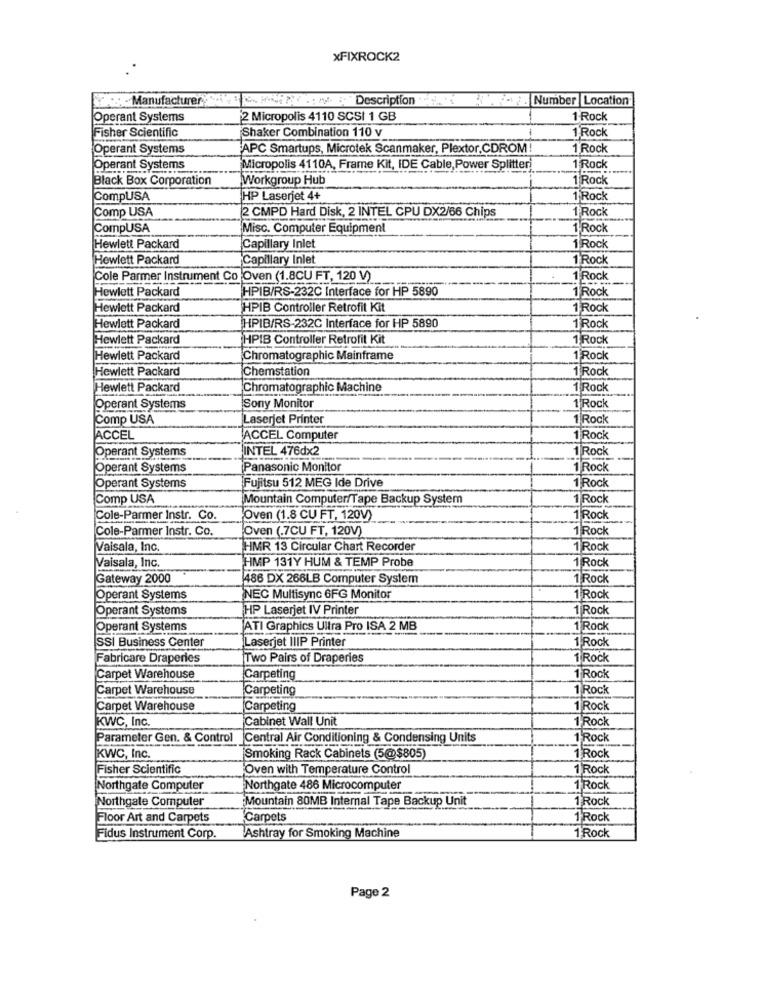
xFIXROCK2
: - Manufacturer
HOPE we : Description ..
A Number Location
Operant Systems
2 Micropolis 4110 SCSI 1 GB
1 Rock
Fisher Scientific
Shaker Combination 110 v
1 Rock
Operant Systems
APC Smartups, Microtek Scanmaker, Plextor,CDROM!
1 Rock
Operant Systems
Micropolis 4110A, Frame Kit, IDE Cable, Power Splitter
1 Rock
Black Box Corporation
Workgroup Hub
1 Rock
CompUSA
HP Laserjet 4+
1 Rock
Comp USA
2 CMPD Hard Disk, 2 INTEL CPU DX2/66 Chips
1 Rock
CompUSA
Misc. Computer Equipment
1 Rock
Hewlett Packard
Capillary Inlet
1 Rock
Hewlett Packard
Capillary Inlet
1'Rock
Cole Parmer Instrument Co Oven (1.8CU FT, 120 V)
1'Rock
HPIB/RS-232C Interface for HP 5890
Hewlett Packard
1 Rock
Hewlett Packard
HPIB Controller Retrofit Kit
1 Rock
Hewlett Packard
HPIB/RS-232C Interface for HP 5890
1 Rock
Hewlett Packard
HPIB Controller Retrofit Kit
1)Rock
Hewlett Packard
Chromatographic Mainframe
1 Rock
Hewlett Packard
Chemstation
1 Rock
Hewlett Packard
Chromatographic Machine
1 Rock
Operant Systems
Sony Monitor
1'Rock
Comp USA
Laserjet Printer
1 Rock
ACCEL
ACCEL Computer
1 Rock
Operant Systems
INTEL 476dx2
1 Rock
Operant Systems
Panasonic Monitor
1 Rock
Operant Systems
Fujitsu 512 MEG Ide Drive
1 Rock
Comp USA
Mountain Computer/Tape Backup System
1 Rock
Cole-Parmer Instr. Co.
Oven (1.8 CU FT, 120V)
1 Rock
Cole-Parmer Instr. Co.
Oven (.7CU FT, 120V)
1 Rock
Vaisala, Inc.
HMR 13 Circular Chart Recorder
1 Rock
HMP 131Y HUM & TEMP Probe
1 Rock
Vaisala, Inc.
Gateway 2000
486 DX 266LB Computer System
1 Rock
Operant Systems
NEC Multisync 6FG Monitor
1 Rock
Operant Systems
HP Laserjet IV Printer
1 Rock
Operant Systems
ATI Graphics Ultra Pro ISA 2 MB
1 Rock
Laserjet IIIP Printer
1 Rock
SSI Business Center
Fabricare Draperies
Two Pairs of Draperies
1 Rock
Carpet Warehouse
Carpeting
1 Rock
Carpet Warehouse
Carpeting
1 Rock
Carpet Warehouse
Carpeting
1 Rock
KWC, Inc
Cabinet Wall Unit
1 Rock
Parameter Gen. & Control
Central Air Conditioning & Condensing Units
1 Rock
KWC, Inc.
Smoking Rack Cabinets (5@$805)
1 Rock
Fisher Scientific
Oven with Temperature Control
1 Rock
Northgate Computer
Northgate 486 Microcomputer
1 Rock
Northgate Computer
Mountain 80MB Internal Tape Backup Unit
1 Rock
Floor Art and Carpets
Carpets
1 Rock
1 Rock
Fidus Instrument Corp.
Ashtray for Smoking Machine
Page 2